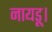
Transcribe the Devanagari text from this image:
नायडू।